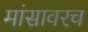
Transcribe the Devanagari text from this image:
मांसावरच